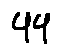
4 4